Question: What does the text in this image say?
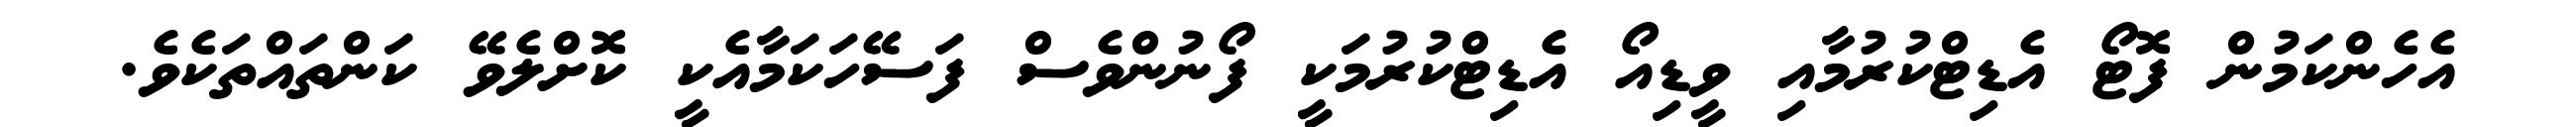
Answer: އެހެންކަމުން ފޮޓޯ އެޑިޓްކުރުމާއި ވީޑިއޯ އެޑިޓްކުރުމަކީ ފޯނުންވެސް ފަސޭހަކަމާއެކީ ކޮށްލެވޭ ކަންތައްތަކެވެ.